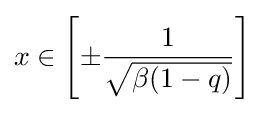
x\in \left[\pm {1 \over {\sqrt {\beta (1-q)}}}\right]